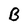
Character: B